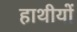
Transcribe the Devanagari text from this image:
हाथीयों